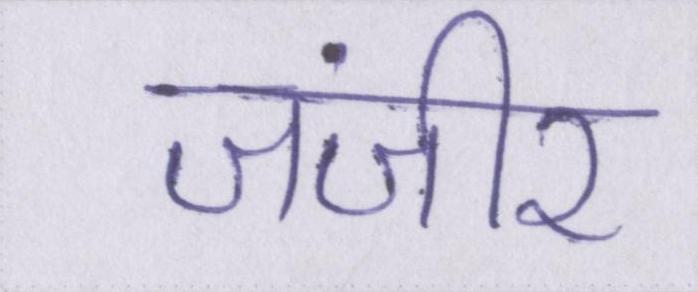
जंजीर